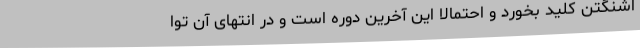
اشنگتن کلید بخورد و احتمالا این آخرین دوره است و در انتهای آن توا